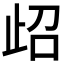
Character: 𱥁